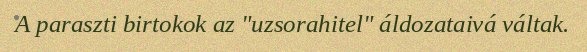
A paraszti birtokok az "uzsorahitel" áldozataivá váltak.